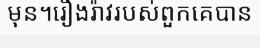
មុន។រឿងរ៉ាវរបស់ពួកគេបាន